Leaving Certificate Examination, 1916
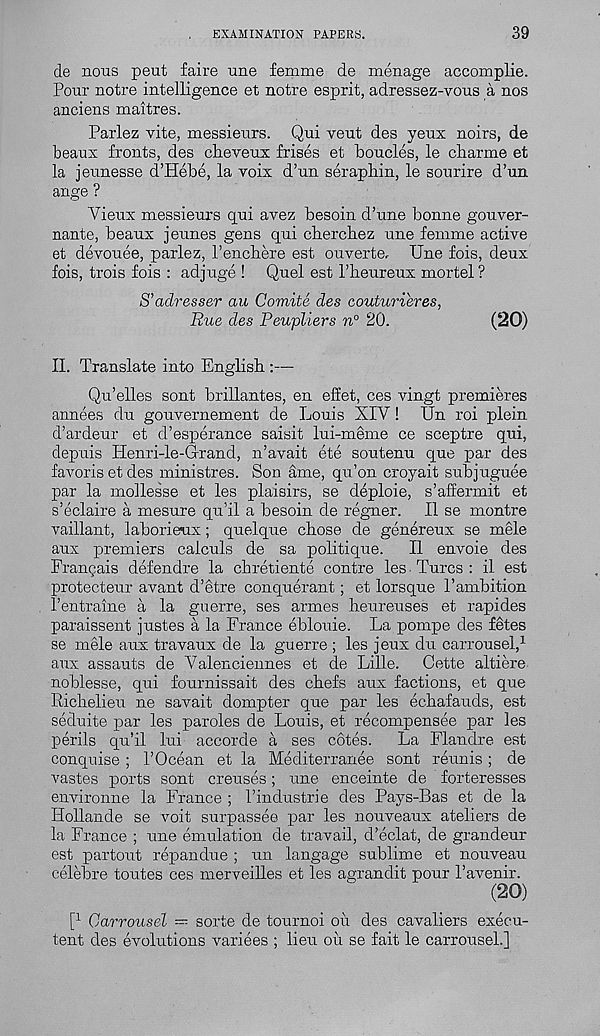
EXAMINATION PAPERS.
39
de nous pent faire une femme de menage accomplie.
Pour notre intelligence et notre esprit, adressez-vous a nos
anciens maitres.
Parlez vite, messieurs. Qui veut des yeux noirs, de
beaux fronts, des cheveux frises et boucles, le cliarme et
la jeunesse d’Hebe, la voix d’un seraphin, le sourire d’un
ange ?
Vieux messieurs qui avez besoin d’une bonne gouver-
nante, beaux jeunes gens qui cbercbez une femme active
et devouee, parlez, I’enchere est ouverte. Une fois, deux
fois, trois fois : adjuge ! Quel est Pbeureux mortel ?
S’aclresser au Comite des couturieres,
Rue des Peupliers n° 20.
(20)
II. Translate into English :—
Qu’elles sont brillantes, en effet, ces vingt premieres
annees du gouvernement de Louis XIV! Un roi plein
d’ardeur et d’esperance saisit lui-meme ce sceptre qui,
depuis Henri-le-Grand, n’avait ete soutenu que par des
favoris et des ministres. Son ame, qu’on croyait subjuguee
par la mollesse et les plaisirs, se deploie, s’affermit et
s’eclaire a mesure qu’il a besoin de regner. II se montre
vaillant, laborieux; quelque cbose de genereux se mele
aux premiers calculs de sa politique.
II envois des
Frangais defendre la cbretiente centre les Turcs: il est
protecteur avant d’etre conquerant; et lorsque Pambition
I’entraine a la guerre, ses armes heureuses et rapides
paraissent justes a la France eblouie. La pompe des fetes
se mele aux travaux de la guerre ; les jeux du carrousel, 1
aux assauts de Valenciennes et de Lille. Cette altiere
noblesse, qui fournissait des chefs aux factions, et que
Richelieu ne savait dompter que par les echafauds, est
seduite par les paroles de Louis, et recompensee par les
perils qu’il lui accorde a ses cotes.
La Flandre est
conquise ; 1’Ocean et la Mediterranee sont reunis ; de
vastes ports sont creuses; une enceinte de forteresses
environne la France ; Tindustrie des Pays-Bas et de la
Hollande se voit surpasses par les nouveaux ateliers de
la France ; une emulation de travail, d’eclat, de grandeur
est partout repandue ; un langage sublime et nouveau
celebre toutes ces merveilles et les agrandit pour Tavenir.
(20)
P Carrousel
sorte de tournoi ou des cavaliers exeeu-
tent des evolutions variees ; lieu oil se fait le carrousel.]